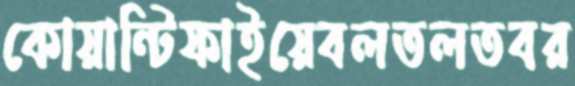
কোয়ান্টিফাইয়েবলতলতবর